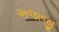
અજાજી